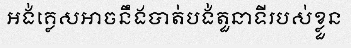
អង់គ្លេសអាចនឹងបាត់បង់តួនាទីរបស់ខ្លួន